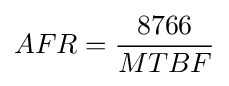
AFR={8766 \over MTBF}